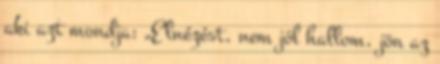
aki azt mondja: „Elnézést, nem jól hallom, jön az